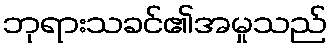
ဘုရားသခင်၏အမှုသည်